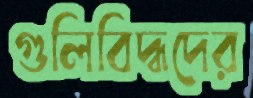
গুলিবিদ্ধদের